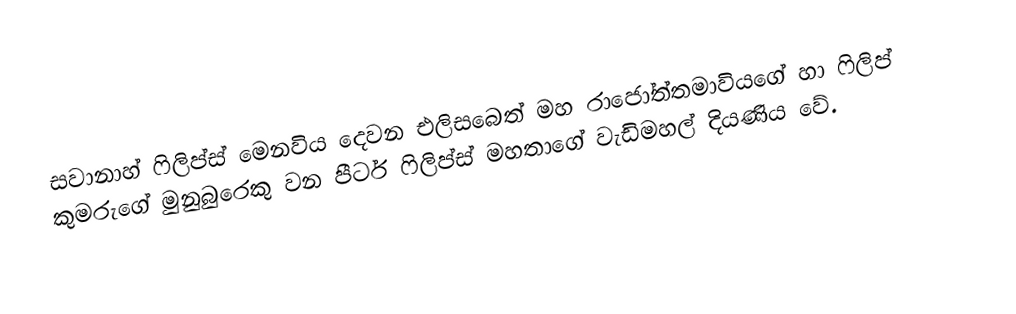
සවානාහ් ෆිලිප්ස් මෙනවිය දෙවන එලිසබෙත් මහ රාජෝත්තමාවියගේ හා ෆිලිප් කුමරුගේ මුනුබුරෙකු වන පීටර් ෆිලිප්ස් මහතාගේ වැඩිමහල් දියණිය වේ.